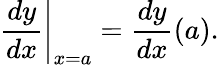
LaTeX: \left.{\frac{dy}{dx}}\right|_{x=a}={\frac{dy}{dx}}(a).